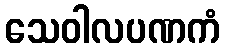
သေဝါလပဏကံ